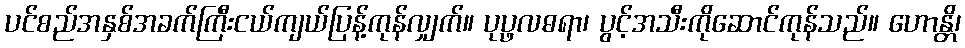
ပင်စည်အနှစ်အခက်ကြီးငယ်ကျယ်ပြန့်ကုန်လျှက်။ ပုပ္ဖလဓရာ၊ ပွင့်အသီးကိုဆောင်ကုန်သည်။ ဟောန္တိ၊